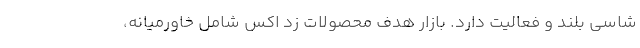
شاسی بلند و فعالیت دارد. بازار هدف محصولات زد اکس شامل خاورمیانه،